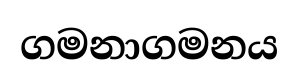
ගමනාගමනය